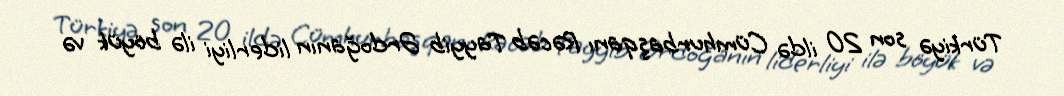
Türkiyə son 20 ildə Cümhurbaşqanı Rəcəb Tayyib Ərdoğanın liderliyi ilə böyük və